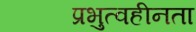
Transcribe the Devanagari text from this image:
प्रभुत्वहीनता